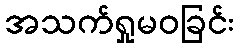
အသက်ရှုမဝခြင်း